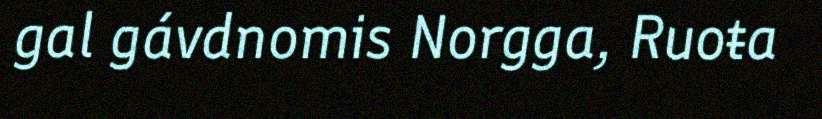
gal gávdnomis Norgga, Ruoŧa